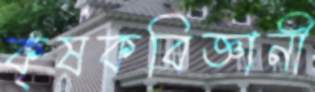
কৃষকবিজ্ঞানী